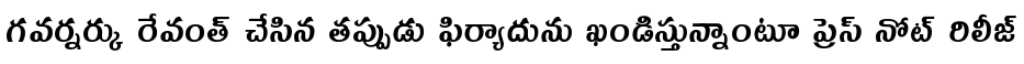
గవర్నర్కు రేవంత్ చేసిన తప్పుడు ఫిర్యాదును ఖండిస్తున్నాంటూ ప్రెస్ నోట్ రిలీజ్